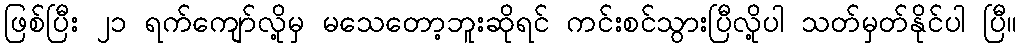
ဖြစ်ပြီး ၂၁ ရက်ကျော်လို့မှ မသေတော့ဘူးဆိုရင် ကင်းစင်သွားပြီလို့ပါ သတ်မှတ်နိုင်ပါ ပြီ။